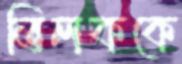
তিলককে